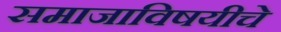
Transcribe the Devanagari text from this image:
समाजाविषयीचे